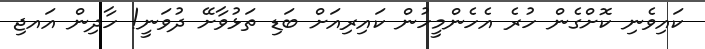
ކައިވެނި ކޮށްގެން ހުރެ އެހެންމީހުން ކައިރިއަށް ބަޑި ތަޅުވާށޭ ދުވަނީ! ހާދިން އައޖި